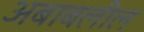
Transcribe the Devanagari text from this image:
अबाबलील